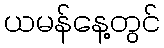
ယမန်နေ့တွင်